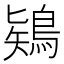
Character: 𪁬